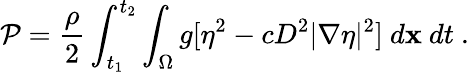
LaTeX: \mathcal{P}=\frac{\rho}{2}\int_{t_{1}}^{t_{2}}\int_{\Omega}g[\eta^{2}-cD^{2}|\nabla\eta|^{2}]~d\mathbf{x}~dt\ .